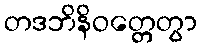
တဒဘိနိဝတ္တေတွာ